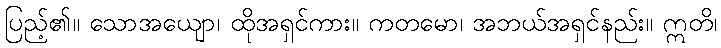
ပြည့်၏။ သောအယျော၊ ထိုအရှင်ကား။ ကတမော၊ အဘယ်အရှင်နည်း။ ဣတိ၊